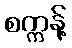
စက္ကန့်